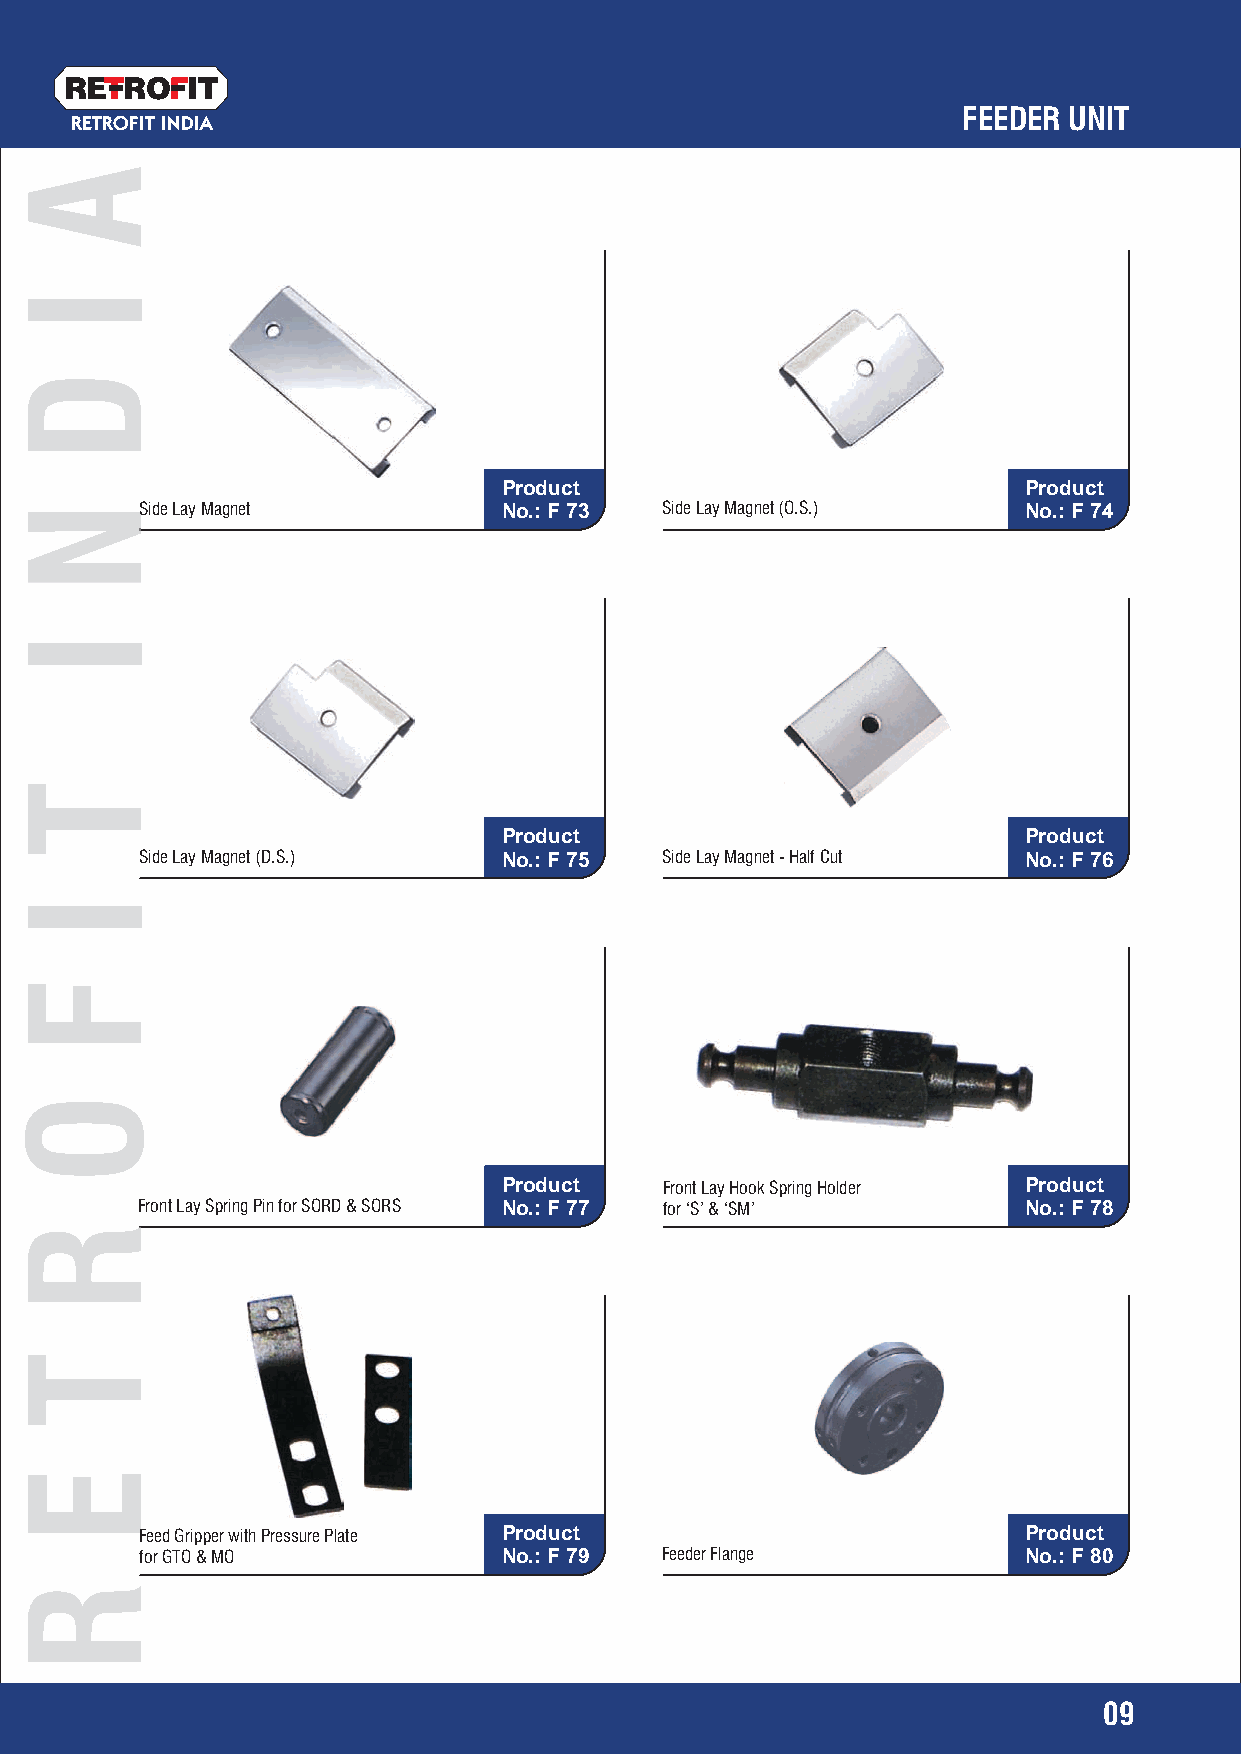
RETRO   IT
 FEEDER UNIT
 RETROFIT INDIA
 Product                            Product
 Side Lay Magnet         No.: F 73  Side Lay Magnet (O.S.)  No.: F 74
 Product                            Product
 Side Lay Magnet (D.S.)  No.: F 75  Side Lay Magnet - Half Cut No.: F 76
 Product    Front Lay Hook Spring Holder Product
 Front Lay Spring Pin for SORD & SORS No.: F 77 for ‘S’ & ‘SM’ No.: F 78
 Feed Gripper with Pressure Plate Product                   Product
 for GTO & MO            No.: F 79  Feeder Flange           No.: F 80
 09
 A
 I
 D
 NN
 I
 T
 I
 F
 O
 RR
 T
 E
 R